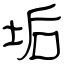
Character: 垢